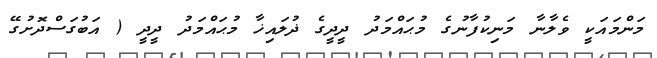
މަންމައަކީ ވެލާނާ މަނިކުފާނުގެ މުޙައްމަދު ދީދީގެ ޛުލައިޚާ މުޙައްމަދު ދީދީ ( އަބުގަސްދޮށުގޭ